Source: Handwritten
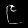
Digit: ၉ (9)